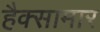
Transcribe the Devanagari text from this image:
हैक्सामार